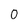
Character: 0